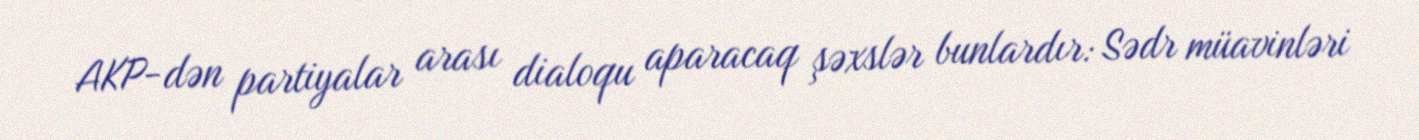
AKP-dən partiyalar arası dialoqu aparacaq şəxslər bunlardır: Sədr müavinləri